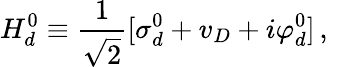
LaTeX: H_{d}^{0}\equiv{\frac{1}{\sqrt{2}}}[\sigma_{d}^{0}+v_{D}+i\varphi_{d}^{0}]\, ,\quad